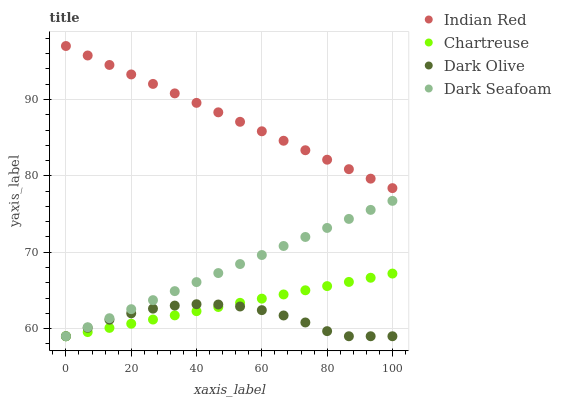
| xaxis_label | Indian Red | Chartreuse | Dark Olive | Dark Seafoam |
 | --- | --- | --- | --- | --- |
 | 0 | 97 | 59 | 59 | 59 |
 | 6.67 | 95.8 | 59.5 | 60.1 | 60.2 |
 | 13.3 | 94.5 | 60.1 | 61.2 | 61.4 |
 | 20 | 93.3 | 60.6 | 62 | 62.5 |
 | 26.7 | 92 | 61.2 | 62.6 | 63.7 |
 | 33.3 | 90.8 | 61.7 | 63 | 64.9 |
 | 40 | 89.6 | 62.3 | 63.2 | 66.1 |
 | 46.7 | 88.3 | 62.8 | 63.2 | 67.3 |
 | 53.3 | 87.1 | 63.4 | 62.9 | 68.5 |
 | 60 | 85.8 | 63.9 | 62.4 | 69.6 |
 | 66.7 | 84.6 | 64.5 | 61.7 | 70.8 |
 | 73.3 | 83.4 | 65 | 60.8 | 72 |
 | 80 | 82.1 | 65.6 | 59.7 | 73.2 |
 | 86.7 | 80.9 | 66.1 | 59 | 74.4 |
 | 93.3 | 79.6 | 66.7 | 59 | 75.5 |
 | 100 | 78.4 | 67.2 | 59 | 76.7 |